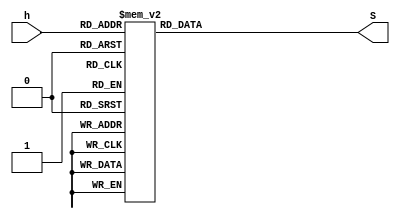
// This program was cloned from: https://github.com/vicmcantes/decodificador-binario-a-7-segmentos-hexadecimal
// License: Apache License 2.0

module CodHex7seg (
	input [3:0] h,
	output reg [6:0] S
);
	
	always @(h)
		begin
			case (h)
				4'b0000: S = 7'b0000001;   //0
				4'b0001: S = 7'b1001111;   //1
				4'b0010: S = 7'b0010010;   //2
				4'b0011: S = 7'b0000110;   //3
				4'b0100: S = 7'b1001100;   //4
				4'b0101: S = 7'b0100100;   //5
				4'b0110: S = 7'b0100000;   //6
				4'b0111: S = 7'b0001111;   //7
				4'b1000: S = 7'b0000000;   //8
				4'b1001: S = 7'b0000100;   //9
				4'b1010: S = 7'b0001000;   // A
            			4'b1011: S = 7'b1100000;   // B
            			4'b1100: S = 7'b0110001;   // C	
            			4'b1101: S = 7'b1000010;   // D
            			4'b1110: S = 7'b0110000;   // E
            			4'b1111: S = 7'b0111000;   // F				
				default: S = 7'b1001001;
			endcase
		end
endmodule